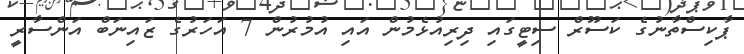
ޕާކިސްތާނުގެ ކަސޫރް ސިޓީގައި ދިރިއުޅެމުން އައި އުމުރުން 7 އަހަރުގެ ޒައިނަބް އަންސާރީ